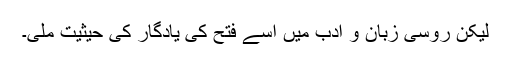
لیکن روسی زبان و ادب میں اسے فتح کی یادگار کی حیثیت ملی۔